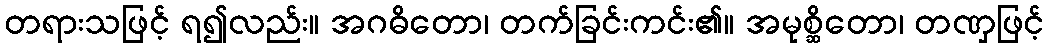
တရားသဖြင့် ရ၍လည်း။ အဂဓိတော၊ တက်ခြင်းကင်း၏။ အမုစ္ဆိတော၊ တဏှဖြင့်